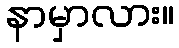
နာမှာလား။